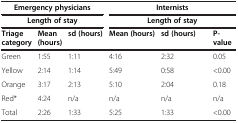
<table><thead><tr><td colspan="3"><b>Emergency physicians</b></td><td colspan="3"><b>Internists</b></td></tr><tr><td colspan="3"><b>Length of stay</b></td><td colspan="3"><b>Length of stay</b></td></tr><tr><td><b>Triage category</b></td><td><b>Mean (hours)</b></td><td><b>sd (hours)</b></td><td><b>Mean (hours)</b></td><td><b>sd (hours)</b></td><td><b>P-value</b></td></tr></thead><tbody><tr><td>Green</td><td>1:55</td><td>1:11</td><td>4:16</td><td>2:32</td><td>0.05</td></tr><tr><td>Yellow</td><td>2:14</td><td>1:14</td><td>5:49</td><td>0:58</td><td>&lt;0.00</td></tr><tr><td>Orange</td><td>3:17</td><td>2:13</td><td>5:10</td><td>2:04</td><td>0.18</td></tr><tr><td>Red*</td><td>4:24</td><td>n/a</td><td>n/a</td><td>n/a</td><td>n/a</td></tr><tr><td>Total</td><td>2:26</td><td>1:33</td><td>5:25</td><td>1:33</td><td>&lt;0.00</td></tr></tbody></table>